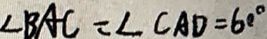
\angle B A C = \angle C A D = 6 0 ^ { \circ }